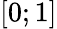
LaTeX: \left[0;1\right]